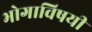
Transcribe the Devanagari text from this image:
भोगाविषयी